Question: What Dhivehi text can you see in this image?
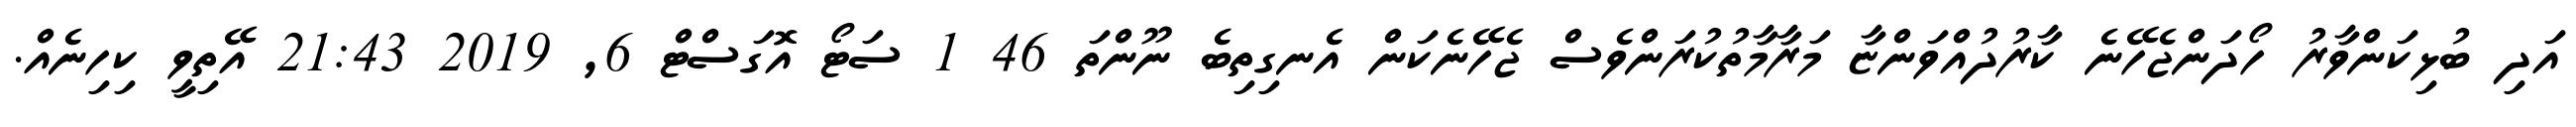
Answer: އަދި ބުޅިކަންވާރު ހޯދަންޖެހޭނެ ކާރުދުއްވަންޏާ މަރާމާތުކުރަންވެސް ޖެހޭނެކަން އެނގިތިބެ ނޫންތަ 46 1 ސަޓޯ އޮގަސްޓް 6, 2019 21:43 އޭތިވީ ކިހިނެއް.